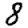
Digit: 8